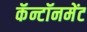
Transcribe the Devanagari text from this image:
कॅन्टॉनमेंट